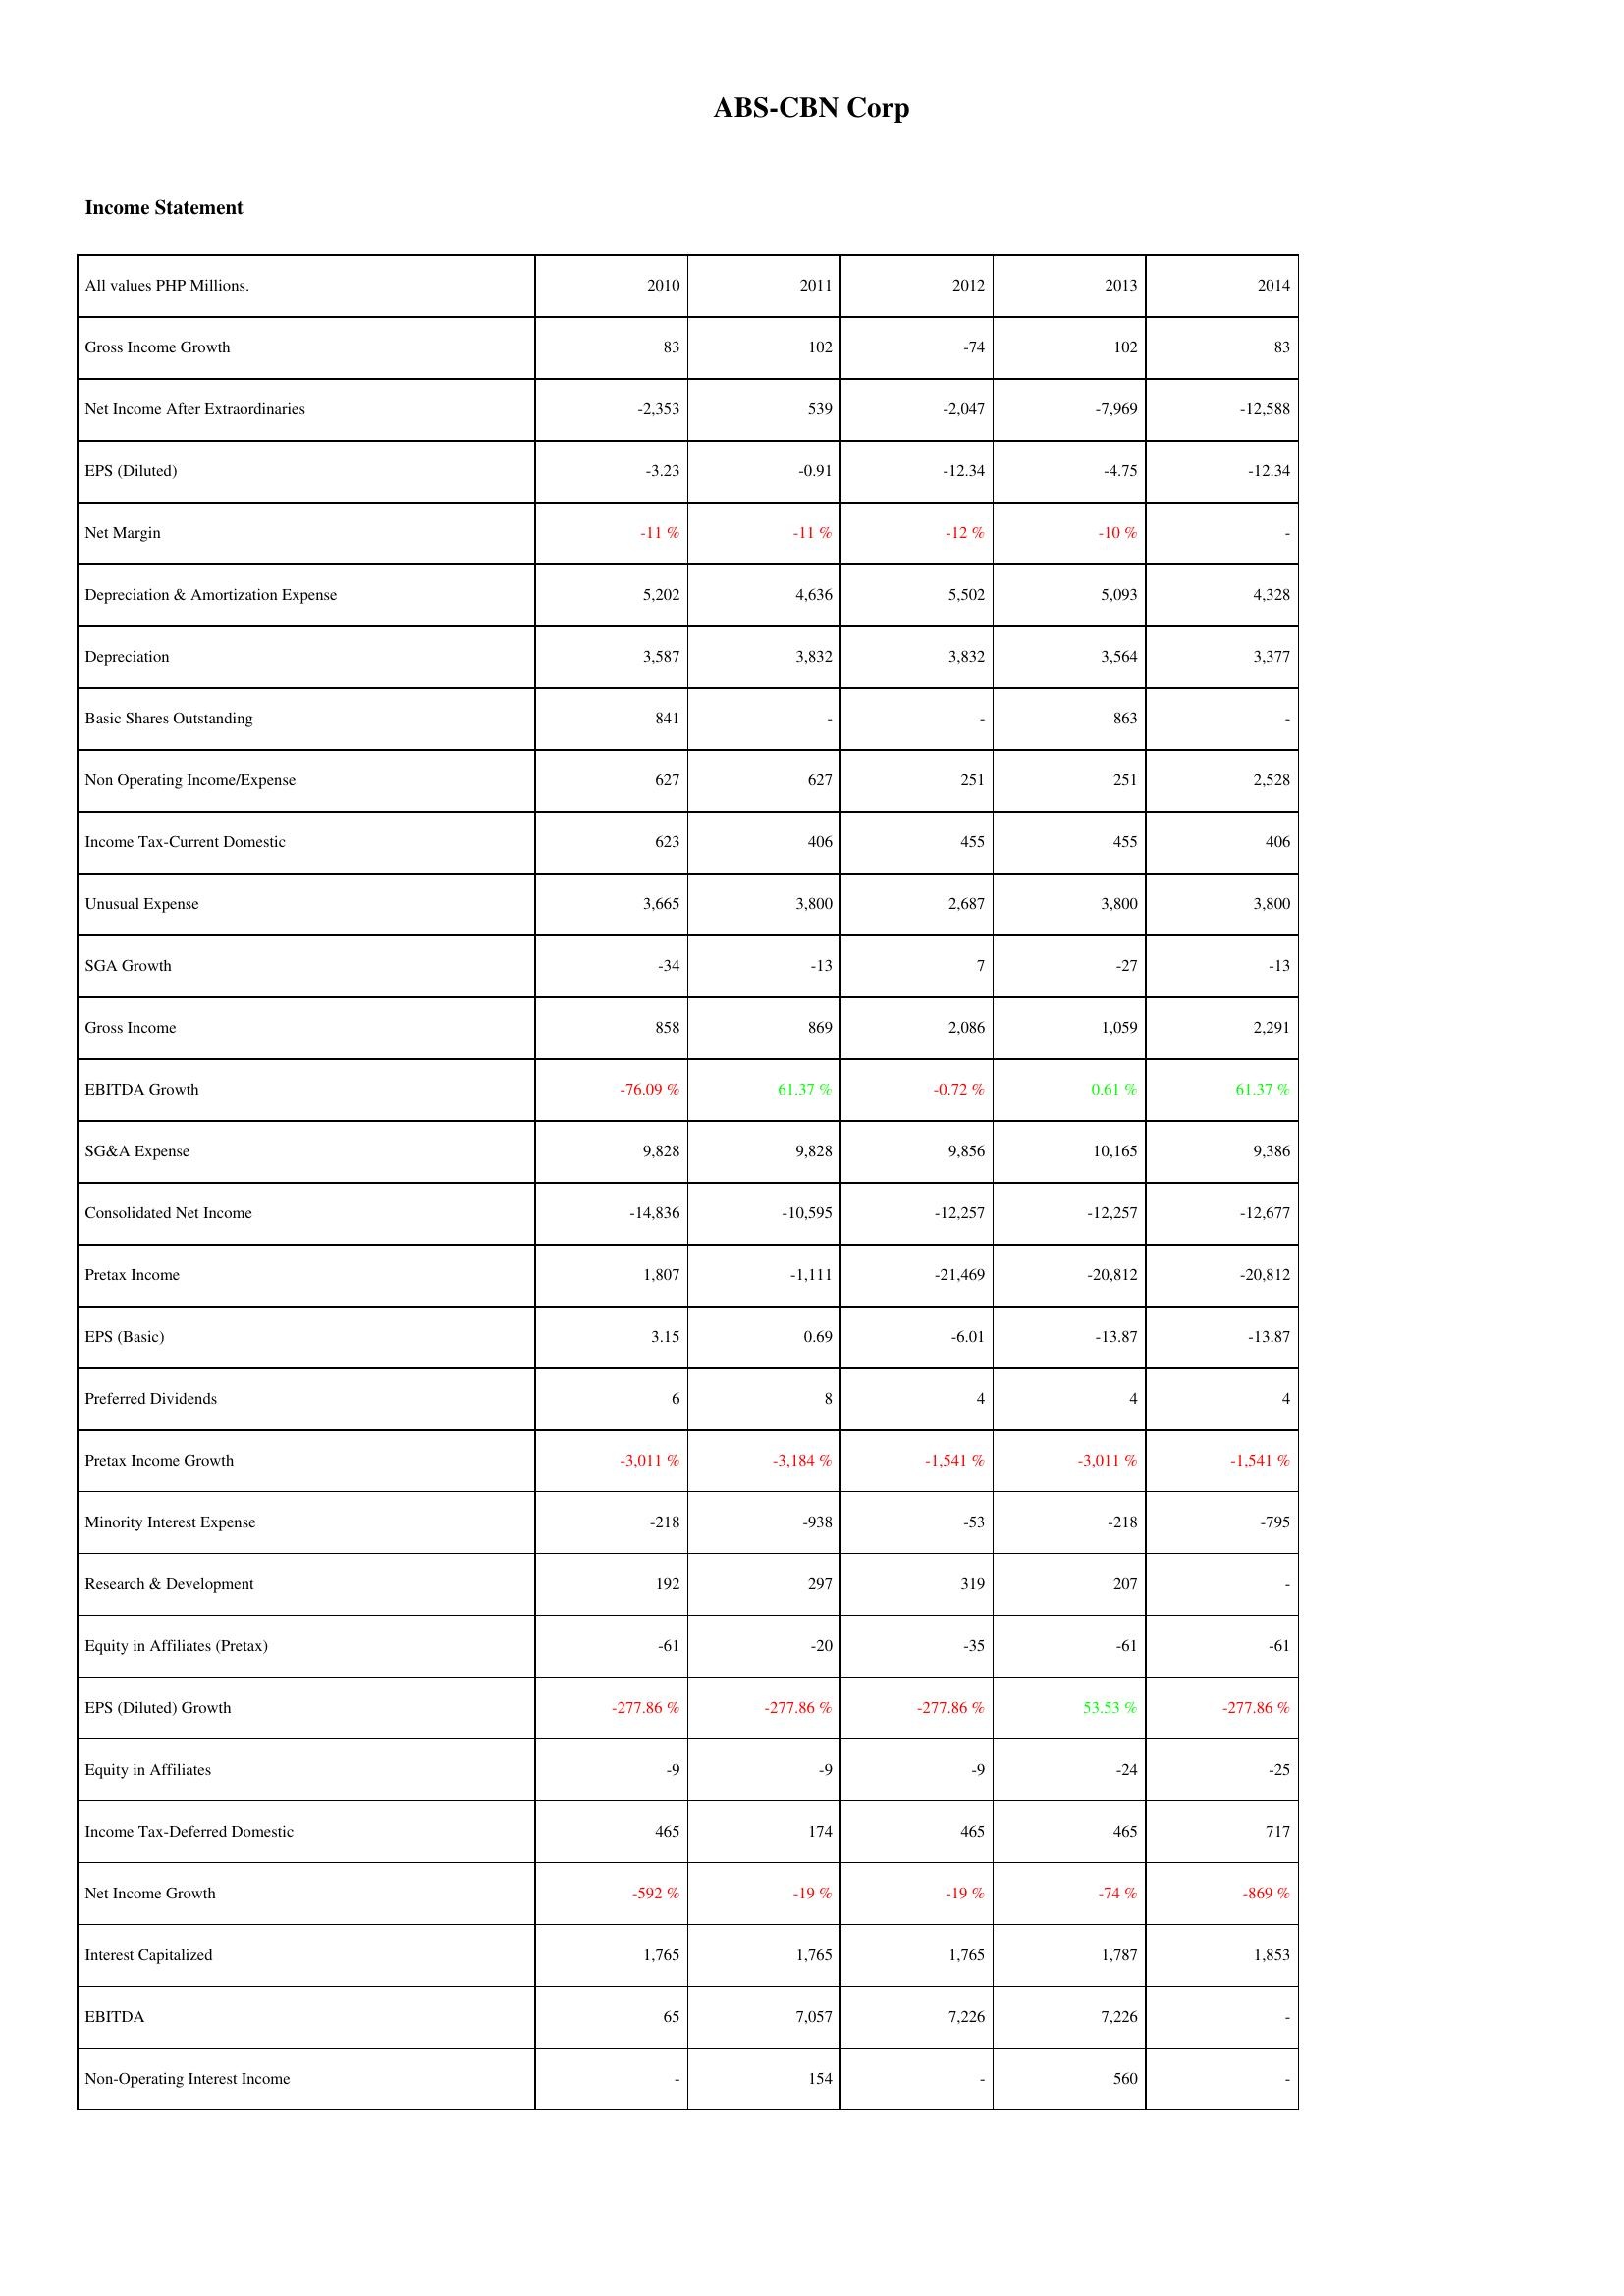
2010: Income Statement: Gross Income Growth: 83
Net Income After Extraordinaries: -2,353
EPS (Diluted): -3.23
Net Margin: -11 %
Depreciation & Amortization Expense: 5,202
Depreciation: 3,587
Basic Shares Outstanding: 841
Non Operating Income/Expense: 627
Income Tax-Current Domestic: 623
Unusual Expense: 3,665
SGA Growth: -34
Gross Income: 858
EBITDA Growth: -76.09 %
SG&A Expense: 9,828
Consolidated Net Income: -14,836
Pretax Income: 1,807
EPS (Basic): 3.15
Preferred Dividends: 6
Pretax Income Growth: -3,011 %
Minority Interest Expense: -218
Research & Development: 192
Equity in Affiliates (Pretax): -61
EPS (Diluted) Growth: -277.86 %
Equity in Affiliates: -9
Income Tax-Deferred Domestic: 465
Net Income Growth: -592 %
Interest Capitalized: 1,765
EBITDA: 65
Non-Operating Interest Income: -
2011: Income Statement: Gross Income Growth: 102
Net Income After Extraordinaries: 539
EPS (Diluted): -0.91
Net Margin: -11 %
Depreciation & Amortization Expense: 4,636
Depreciation: 3,832
Basic Shares Outstanding: -
Non Operating Income/Expense: 627
Income Tax-Current Domestic: 406
Unusual Expense: 3,800
SGA Growth: -13
Gross Income: 869
EBITDA Growth: 61.37 %
SG&A Expense: 9,828
Consolidated Net Income: -10,595
Pretax Income: -1,111
EPS (Basic): 0.69
Preferred Dividends: 8
Pretax Income Growth: -3,184 %
Minority Interest Expense: -938
Research & Development: 297
Equity in Affiliates (Pretax): -20
EPS (Diluted) Growth: -277.86 %
Equity in Affiliates: -9
Income Tax-Deferred Domestic: 174
Net Income Growth: -19 %
Interest Capitalized: 1,765
EBITDA: 7,057
Non-Operating Interest Income: 154
2012: Income Statement: Gross Income Growth: -74
Net Income After Extraordinaries: -2,047
EPS (Diluted): -12.34
Net Margin: -12 %
Depreciation & Amortization Expense: 5,502
Depreciation: 3,832
Basic Shares Outstanding: -
Non Operating Income/Expense: 251
Income Tax-Current Domestic: 455
Unusual Expense: 2,687
SGA Growth: 7
Gross Income: 2,086
EBITDA Growth: -0.72 %
SG&A Expense: 9,856
Consolidated Net Income: -12,257
Pretax Income: -21,469
EPS (Basic): -6.01
Preferred Dividends: 4
Pretax Income Growth: -1,541 %
Minority Interest Expense: -53
Research & Development: 319
Equity in Affiliates (Pretax): -35
EPS (Diluted) Growth: -277.86 %
Equity in Affiliates: -9
Income Tax-Deferred Domestic: 465
Net Income Growth: -19 %
Interest Capitalized: 1,765
EBITDA: 7,226
Non-Operating Interest Income: -
2013: Income Statement: Gross Income Growth: 102
Net Income After Extraordinaries: -7,969
EPS (Diluted): -4.75
Net Margin: -10 %
Depreciation & Amortization Expense: 5,093
Depreciation: 3,564
Basic Shares Outstanding: 863
Non Operating Income/Expense: 251
Income Tax-Current Domestic: 455
Unusual Expense: 3,800
SGA Growth: -27
Gross Income: 1,059
EBITDA Growth: 0.61 %
SG&A Expense: 10,165
Consolidated Net Income: -12,257
Pretax Income: -20,812
EPS (Basic): -13.87
Preferred Dividends: 4
Pretax Income Growth: -3,011 %
Minority Interest Expense: -218
Research & Development: 207
Equity in Affiliates (Pretax): -61
EPS (Diluted) Growth: 53.53 %
Equity in Affiliates: -24
Income Tax-Deferred Domestic: 465
Net Income Growth: -74 %
Interest Capitalized: 1,787
EBITDA: 7,226
Non-Operating Interest Income: 560
2014: Income Statement: Gross Income Growth: 83
Net Income After Extraordinaries: -12,588
EPS (Diluted): -12.34
Net Margin: -
Depreciation & Amortization Expense: 4,328
Depreciation: 3,377
Basic Shares Outstanding: -
Non Operating Income/Expense: 2,528
Income Tax-Current Domestic: 406
Unusual Expense: 3,800
SGA Growth: -13
Gross Income: 2,291
EBITDA Growth: 61.37 %
SG&A Expense: 9,386
Consolidated Net Income: -12,677
Pretax Income: -20,812
EPS (Basic): -13.87
Preferred Dividends: 4
Pretax Income Growth: -1,541 %
Minority Interest Expense: -795
Research & Development: -
Equity in Affiliates (Pretax): -61
EPS (Diluted) Growth: -277.86 %
Equity in Affiliates: -25
Income Tax-Deferred Domestic: 717
Net Income Growth: -869 %
Interest Capitalized: 1,853
EBITDA: -
Non-Operating Interest Income: -